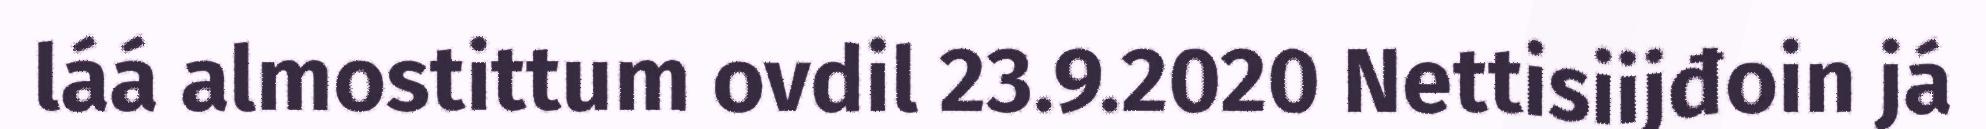
láá almostittum ovdil 23.9.2020 Nettisiijđoin já